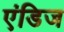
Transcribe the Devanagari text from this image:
एंडिज